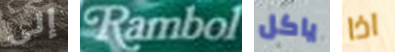
إلى Rambol ياكل اذا